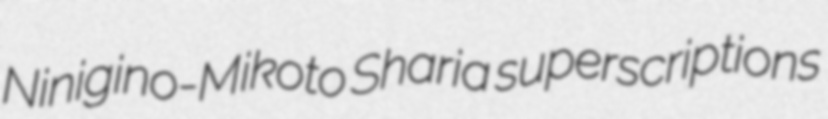
Ninigino-Mikoto Sharia superscriptions